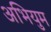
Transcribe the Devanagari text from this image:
अभियुम